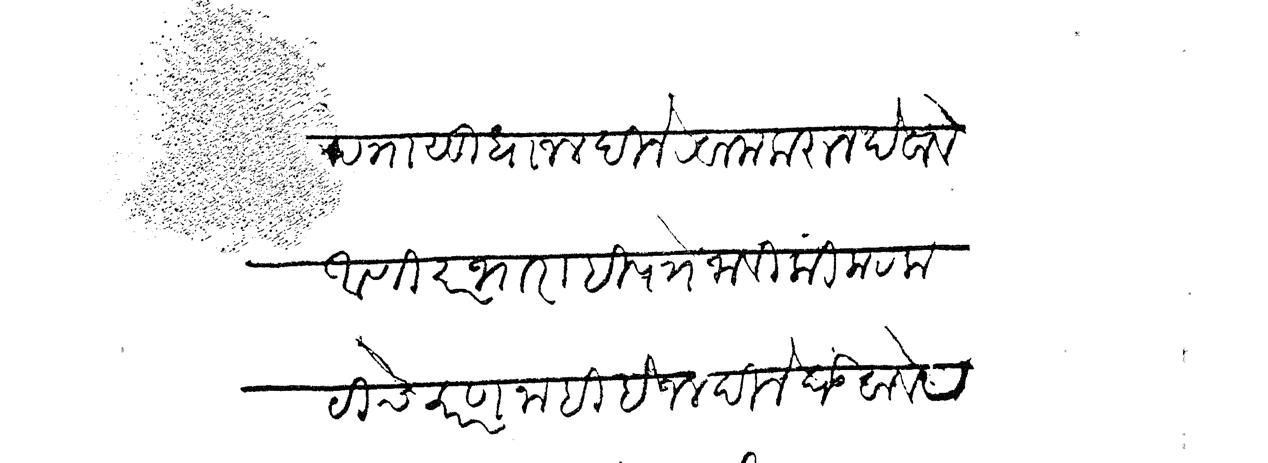
Transliteration (Devanagari): पत्रासुद्धा जलदीने रवाना करून देवावे आणि कारभाराही पत्नें जावी की कटकटीचे कारण नाही हे जलदीने घडवावे र